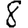
Digit: 8